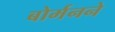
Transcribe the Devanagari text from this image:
बोर्मनने